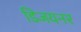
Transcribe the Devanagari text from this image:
डिजयनर